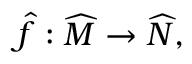
{ \widehat { f } } : { \widehat { M } } \to { \widehat { N } } ,